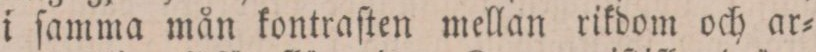
i ſamma mån kontraſten mellan rikdom och ar=